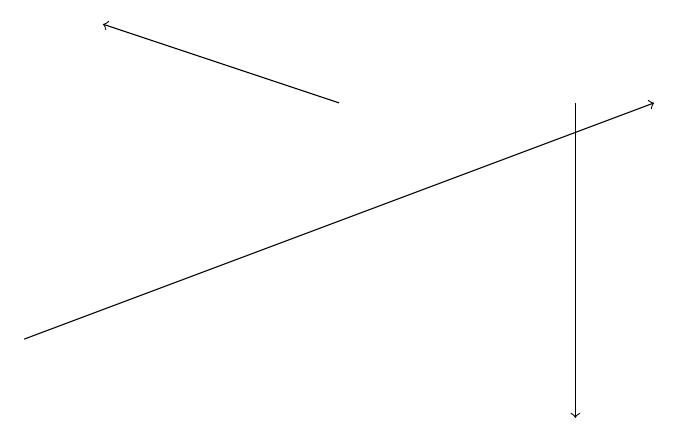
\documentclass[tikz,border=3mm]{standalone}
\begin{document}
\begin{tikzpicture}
\draw[->] (4,18) -- (1,19);
\draw[->] (0,15) -- (8,18);
\draw[->] (7,18) -- (7,14);
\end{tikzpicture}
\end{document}